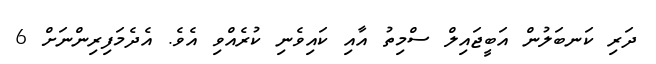
ދަރި ކަނބަލުން އަބީޖައިލް ސްމިތު އާއި ކައިވެނި ކުރެއްވި އެވެ. އެދެމަފިރިންނަށް 6